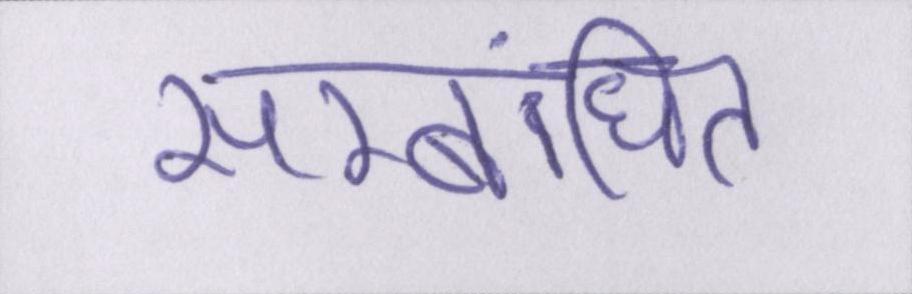
सम्बंधित